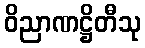
ဝိညာဏဋ္ဌိတီသု